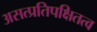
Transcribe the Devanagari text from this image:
असत्प्रतिपक्षितत्व